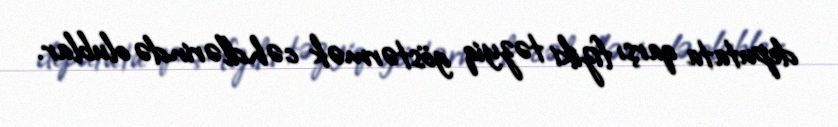
deputata qarşı fiziki təzyiq göstərmək cəhdlərində olublar.